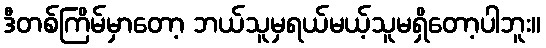
ဒီတစ်ကြိမ်မှာတော့ ဘယ်သူမှရယ်မယ့်သူမရှိတော့ပါဘူး။